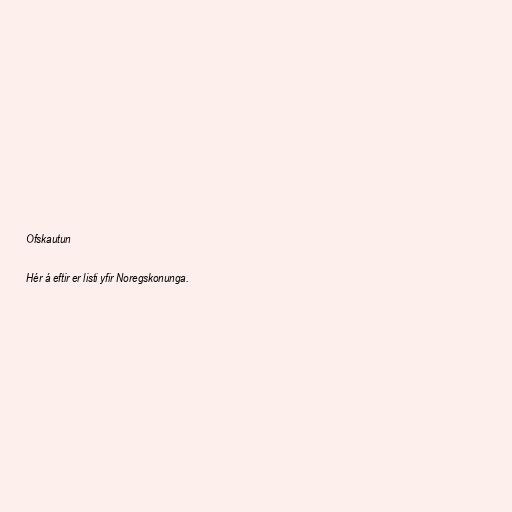
Ofskautun

Hér á eftir er listi yfir Noregskonunga.